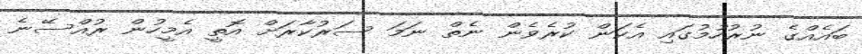
ބައެއްގެ ނުރުހުމުގައި އެކަން ކުރެވެން ނެތް ނަމަ ސަރުކާރަށް އޮތީ އެމީހުން ރުއްސޭނެ